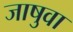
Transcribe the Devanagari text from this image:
जाषुवा